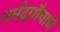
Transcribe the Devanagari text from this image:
नर्मदामैयाचे